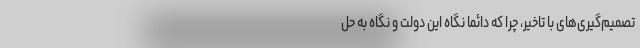
تصمیم‌گیری‌های با تاخیر، چرا که دائما نگاه این دولت و نگاه به حل